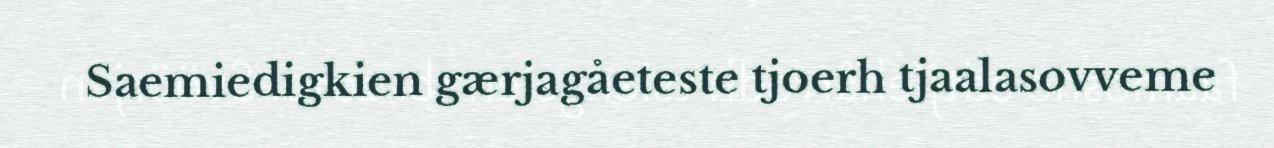
Saemiedigkien gærjagåeteste tjoerh tjaalasovveme